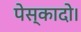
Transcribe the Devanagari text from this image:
पेस्कादो।